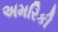
અમરિકી